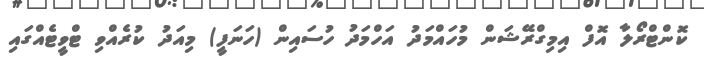
ކޮންޓްރޯލާ އޮފް އިމިގްރޭޝަން މުހައްމަދު އަހްމަދު ހުސައިން (ހަނަފީ) މިއަދު ކުރެއްވި ޓްވީޓެއްގައި